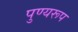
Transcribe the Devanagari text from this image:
पुण्यरूप